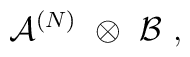
{\mathcal A}^{(N)} \ \otimes \ {\mathcal B} \ ,